DOW-UAP-D27, Mission Report, United Arab Emirates, October 2023
Agency: Department of War
Incident date: 6/7/24
Incident location: Gulf of Oman
Page 4
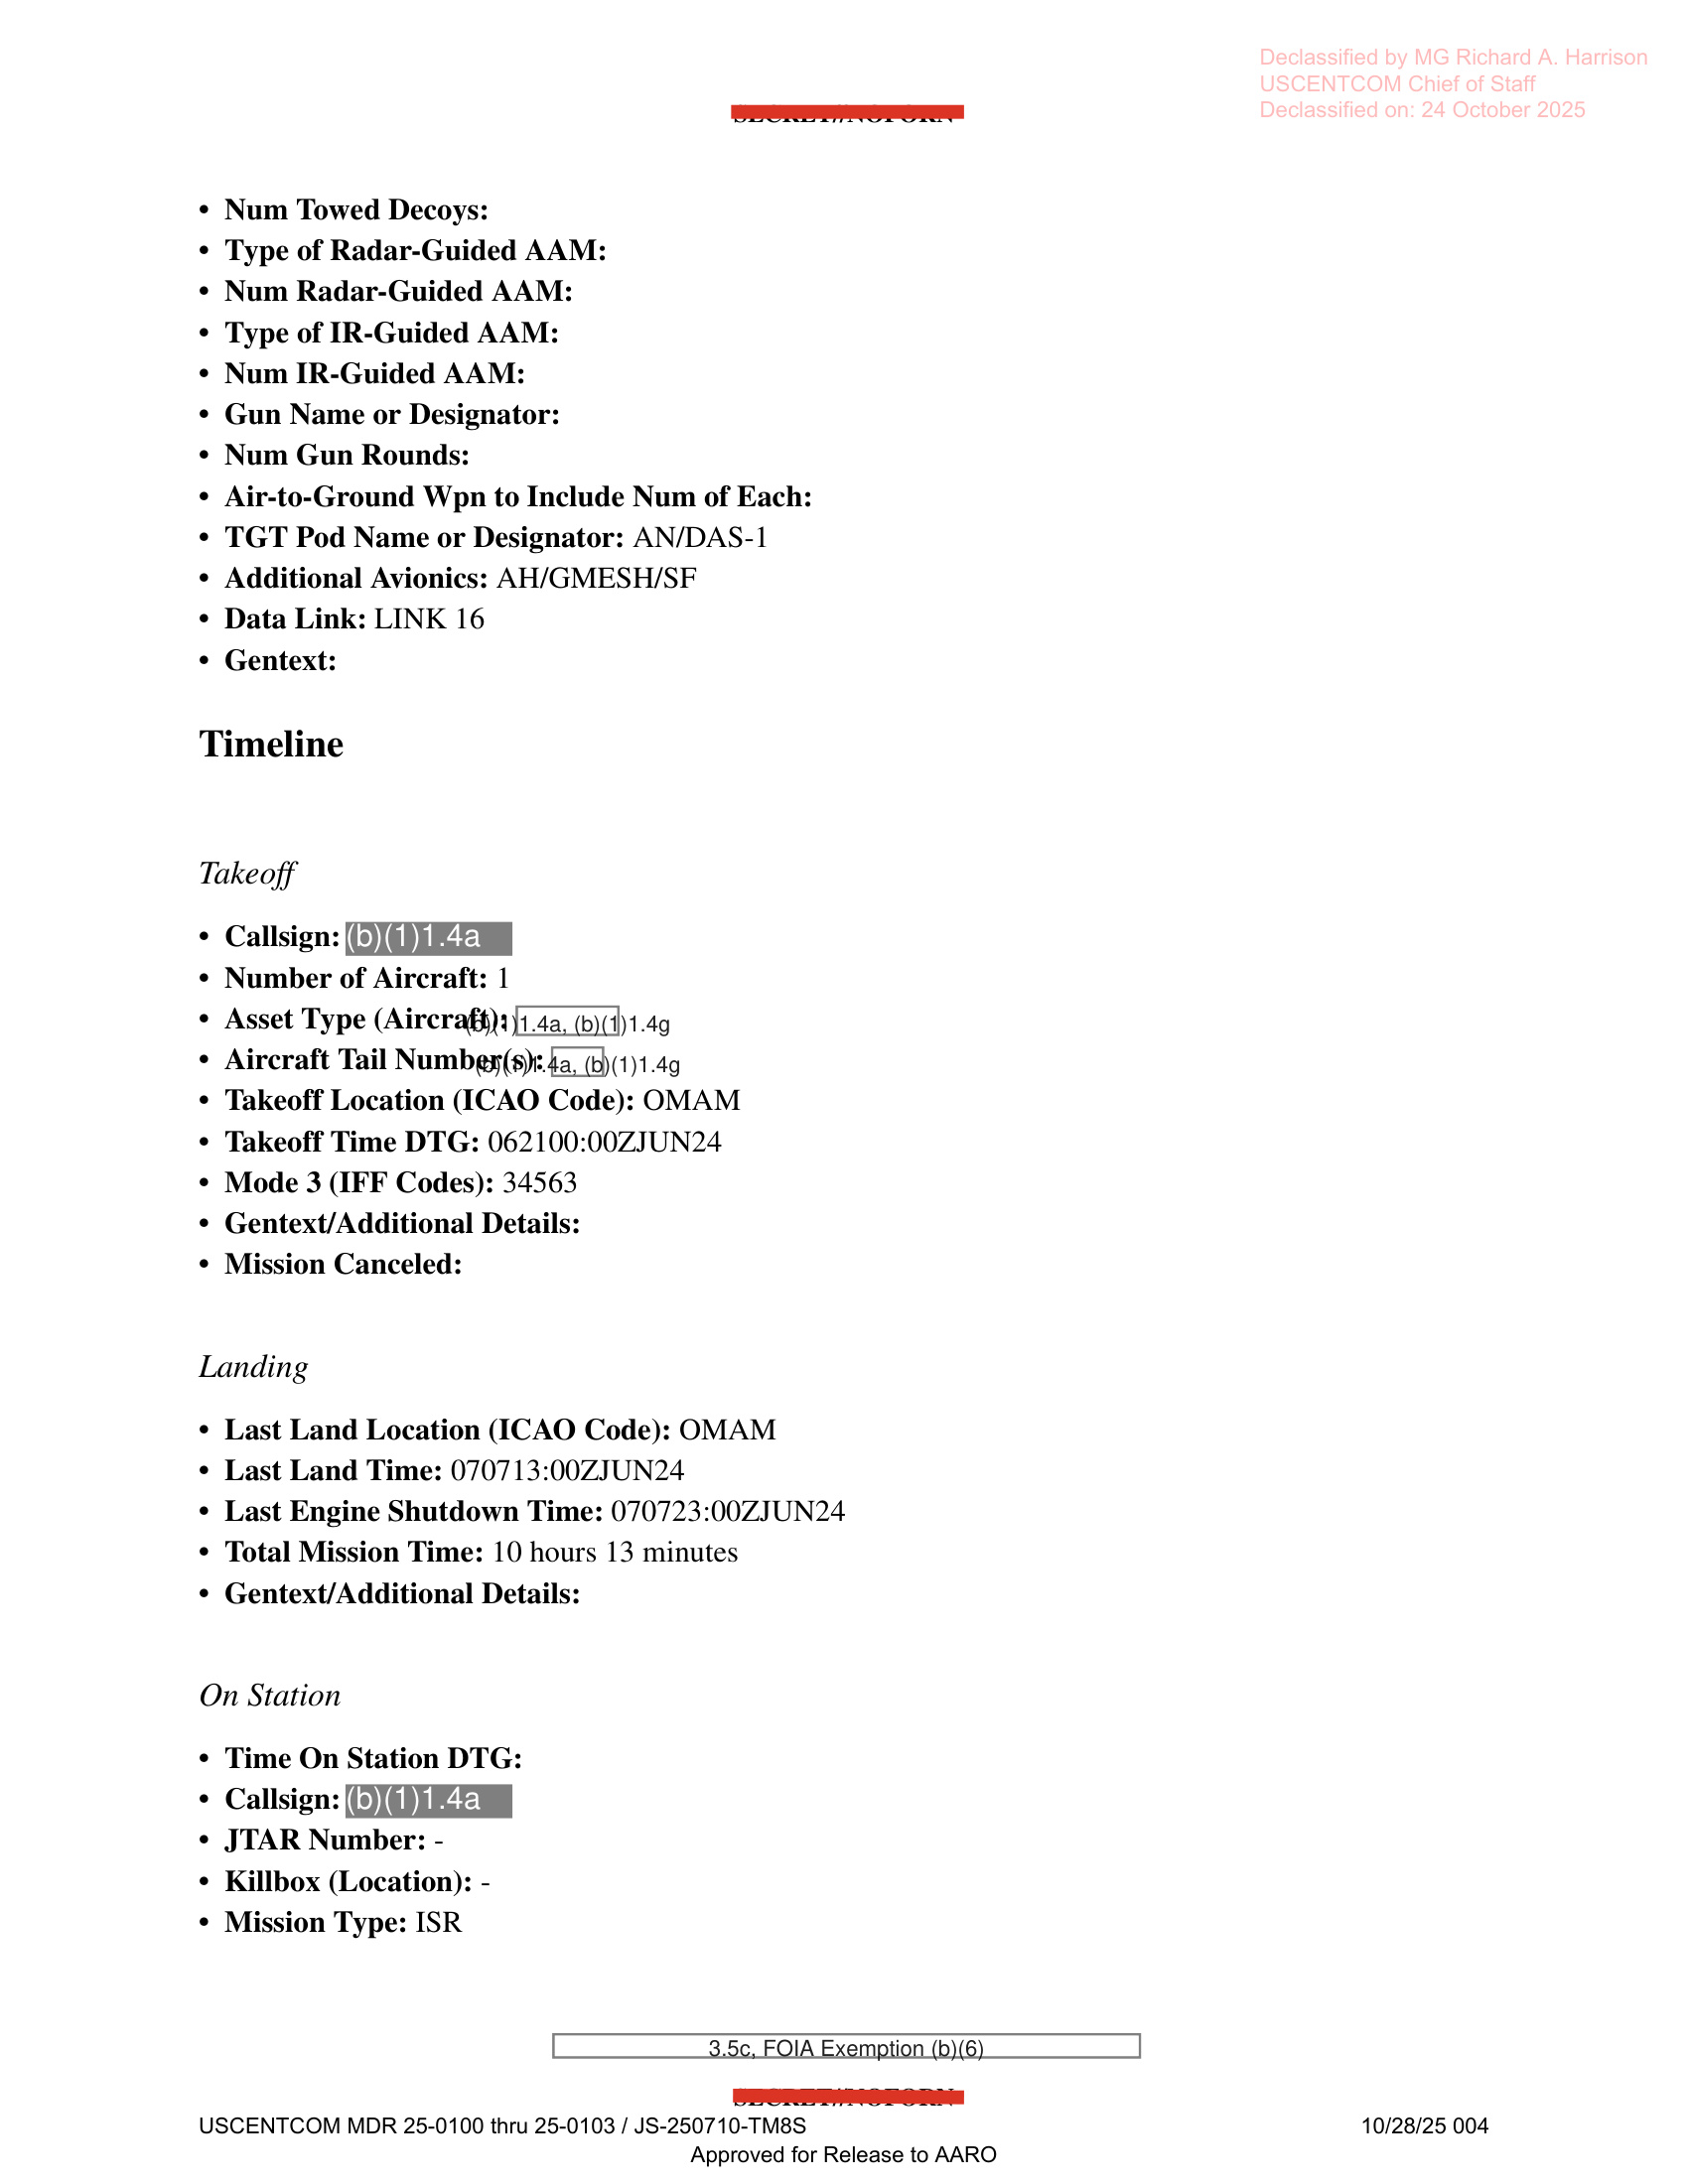